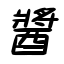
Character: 醬